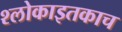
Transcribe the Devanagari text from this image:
श्लोकाइतकाच